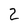
Character: Z